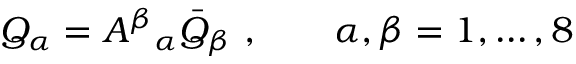
Q _ { \alpha } = { A ^ { \beta } } _ { \alpha } \bar { Q } _ { \beta } ~ , \qquad \alpha , \beta = 1 , \ldots , 8